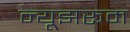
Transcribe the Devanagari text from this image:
न्यूझरूम